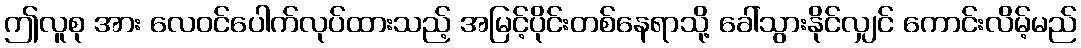
ဤလူစု အား လေဝင်ပေါက်လုပ်ထားသည့် အမြင့်ပိုင်းတစ်နေရာသို့ ခေါ်သွားနိုင်လျှင် ကောင်းလိမ့်မည်